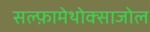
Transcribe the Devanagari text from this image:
सल्‍फ़ामेथोक्‍साजोल